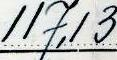
117,13